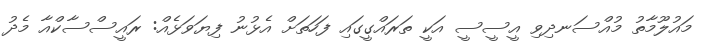
މައުލޫމާތު މުއްސަނދިވި އީސީސީ އަކީ ތަރައްގީގައި ފަހަތަށް އެޅުނު ފިޔަވަޅެއް: ރައީސްސާކްއާ މެދު